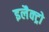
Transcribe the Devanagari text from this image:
इलैक्ट्रो